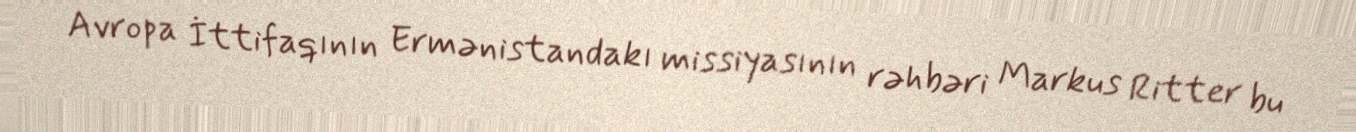
Avropa İttifaqının Ermənistandakı missiyasının rəhbəri Markus Ritter bu